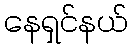
နေရှင်နယ်